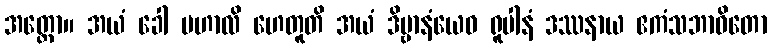
အတ္ထော။ အယံ ခေါ မဟာလိ ဟေတူတိ အယံ ဒိဗ္ဗာနံယေဝ ရူပါနံ ဒဿနာယ ဧကံသဘာဝိတော